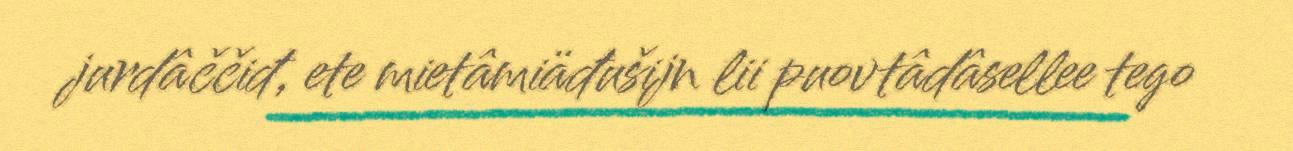
jurdâččiđ, ete mietâmiäđušijn lii puovtâdâsellee tego